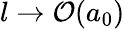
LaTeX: l\rightarrow\mathcal{O}(a_{0})